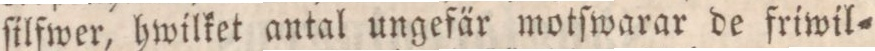
ſilfwer, hwilket antal ungefär motſwarar de friwil=